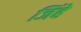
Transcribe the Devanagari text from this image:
जिंहे